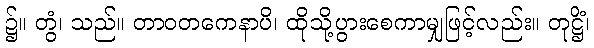
၌။ တွံ၊ သည်။ တာဝတကေနာပိ၊ ထိုသို့ပွားစေကာမျှဖြင့်လည်း။ တုဋ္ဌိံ၊